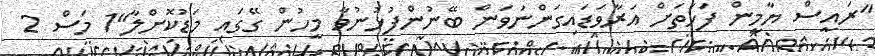
"ރައީސް ޔާމީން ފަހަތަށް އަރާވަޑައިގަންނަވަން ބޭނުންފުޅުނުވާ މީހުން ގޭގައި މަޑުކޮށްލާ"1 މަސް 2